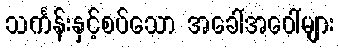
သင်္ကန်းနှင့်စပ်သော အခေါ်အဝေါ်များ